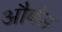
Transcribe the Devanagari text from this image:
और्बंड